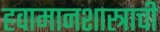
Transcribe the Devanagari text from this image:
हवामानशास्त्राची